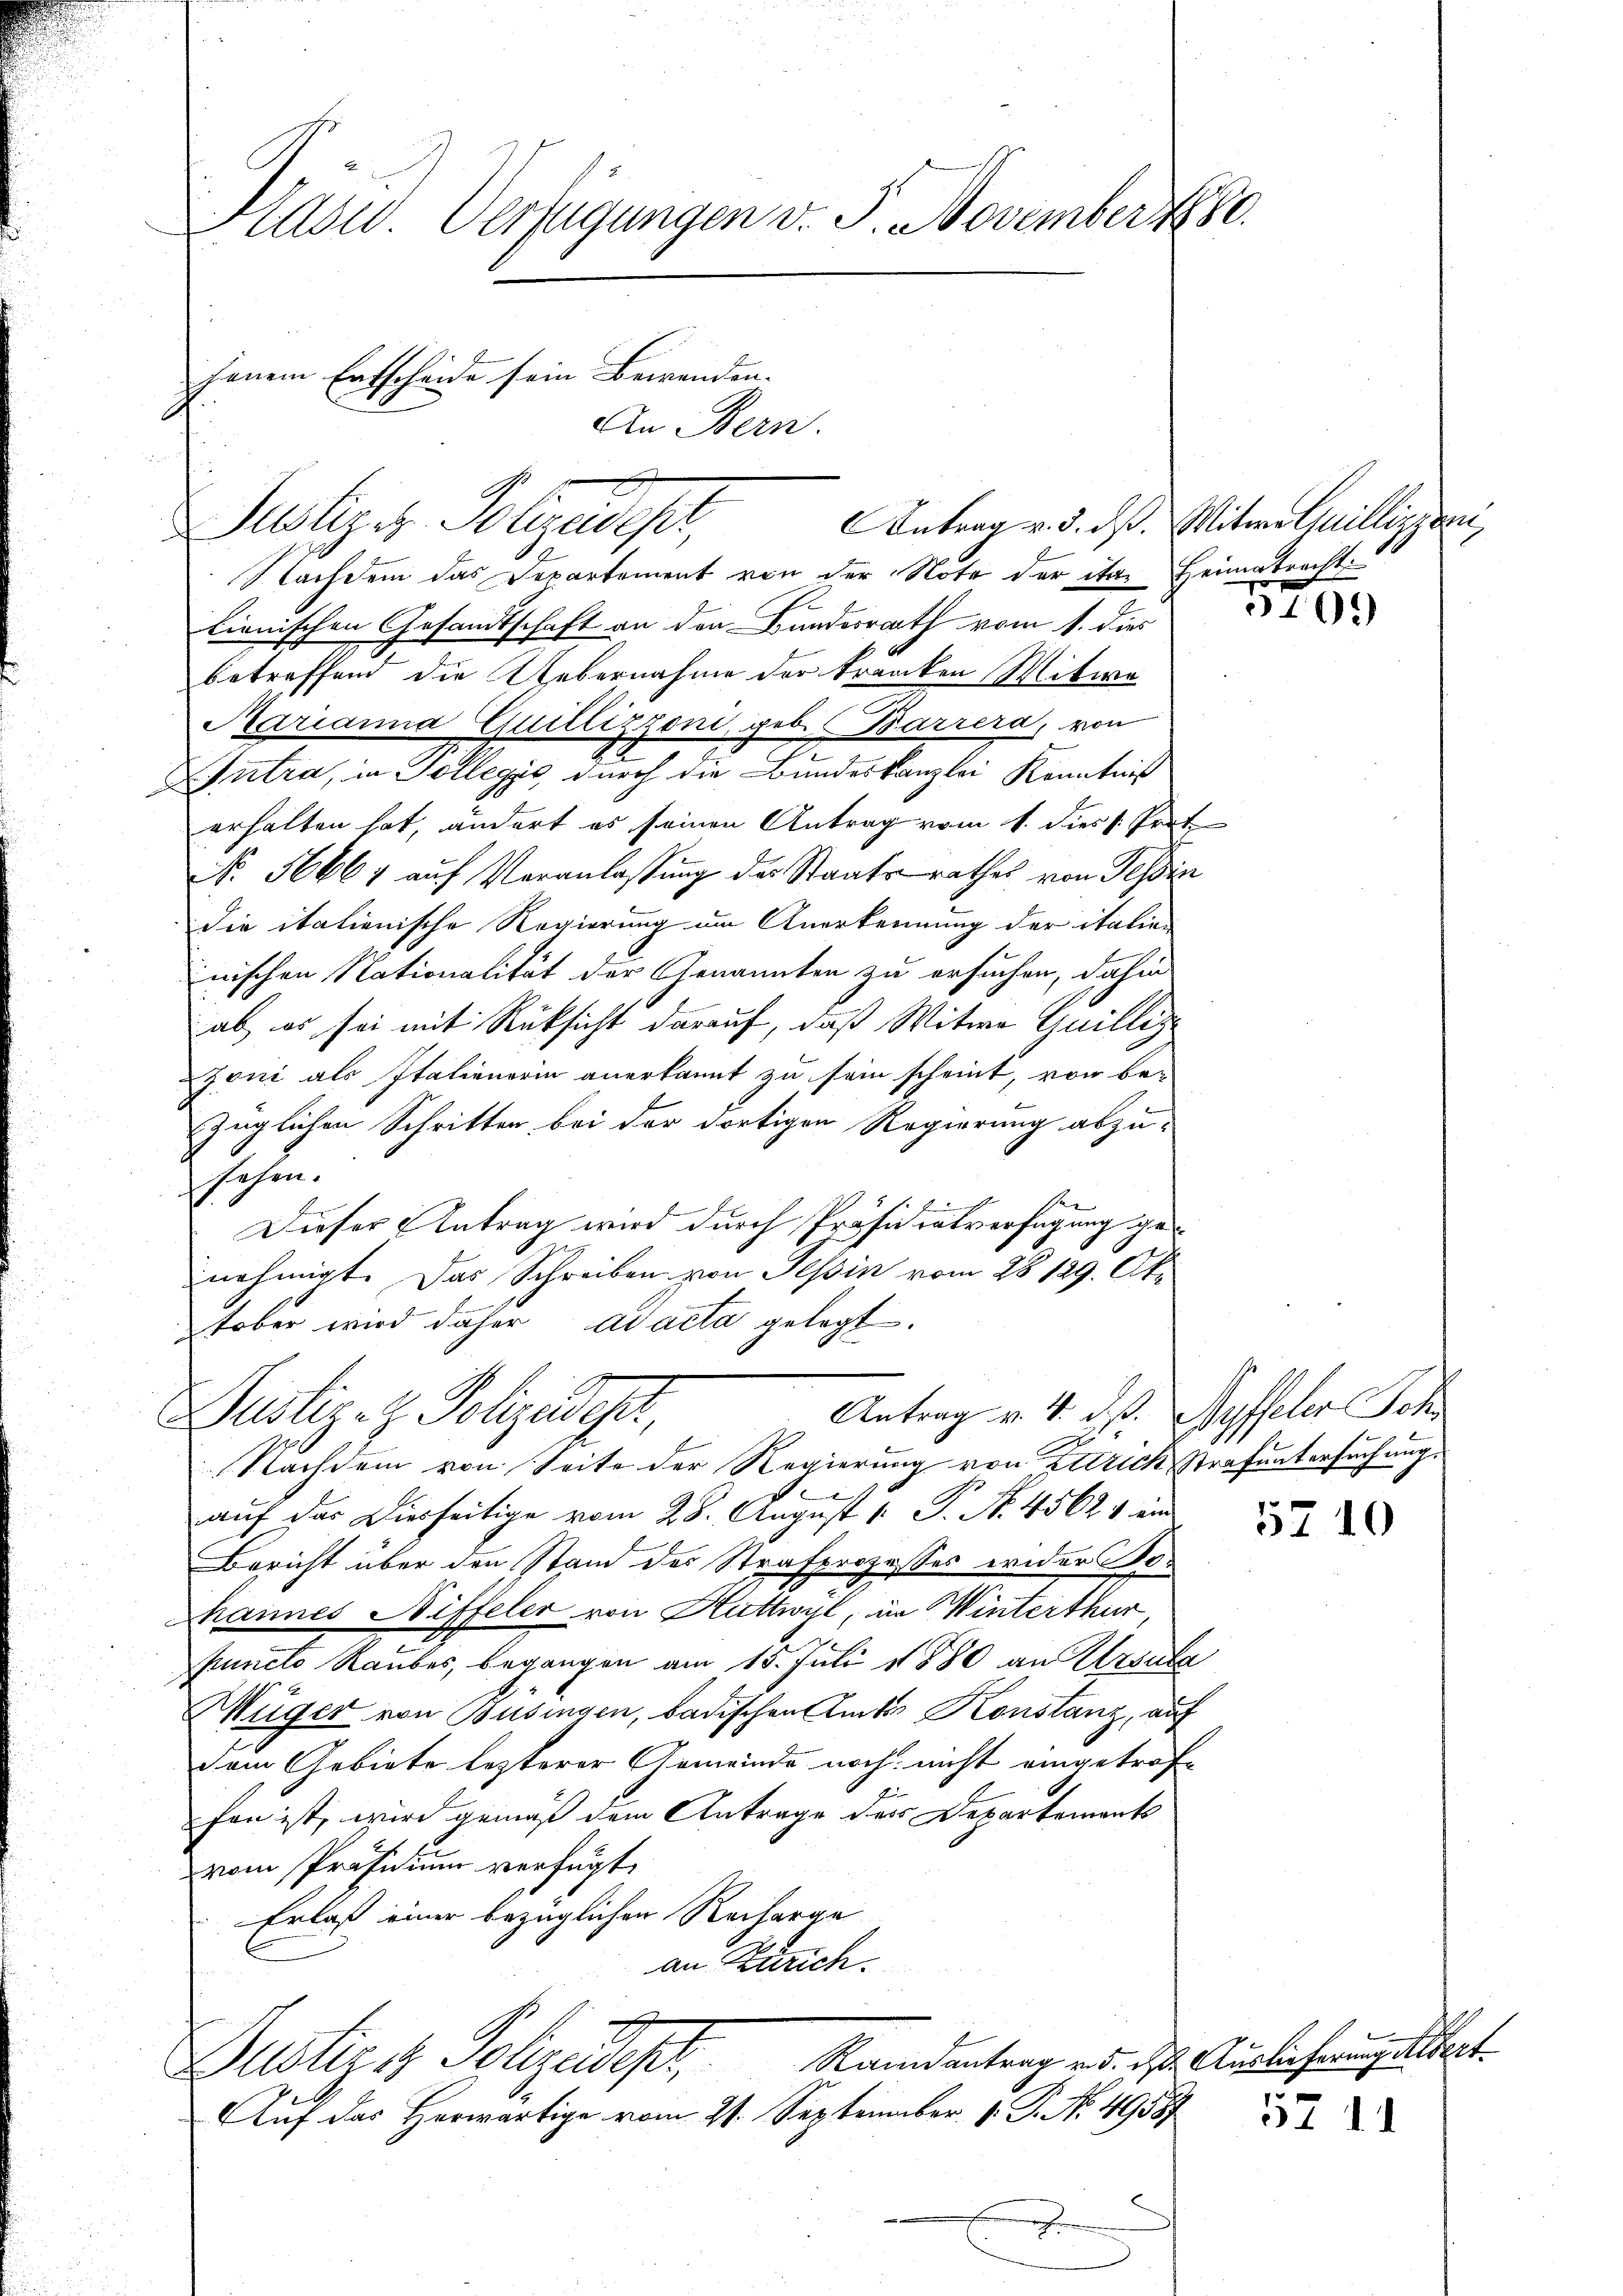
Sulzer Polyeder,

Hasid. Verfügungen v. 5. November 1880.
jenem Entscheide sein Bewenden.
An Bern.

Antrag v. d. dß. Mitwe Cillinzoni,
Nachdem das Departement von der Note der ita. Heimatracht
E
lienischen Gesandtschaft an den Bundesrath vom 1. dies
betreffend die Uebernahme der tranken Mitwe
Marianna Guillizzoni, geb. Barrera, von
Antra, in Tollegio durch die Bundeskanzlei Kenntniß
erhalten hat, ändert es seinen Antrag vom 1. diess. Prot
No. 56664 auf Veranlassung des Staatsrathes von Tessin
die italienische Regierung am Anerkennung der italie-
nischen Nationalität der Genannten zu ersuchen, dahin
ab, es sei mit Rücksicht darauf, daß Witwe Guillig
Zoni als Italienerin anerkannt zu sein scheint, von be-
züglichen Schritten bei der dortigen Regierung abzusehen.
Dieser Antrag wird durch Präsidialverfügung genehmigt. Das Schreiben von Tessin vom 28. 129. Oktober wird daher ad acta gelegt.

Antrag v. 4. ds. Ryffeler Sch
Justiz- & Polizeider,
A

Nachdem von Seite der Regierung von Zürich Strafuntersuchung.
u
auf das Diesseitige vom 28. August 1. P. N. 45624 ein
Bericht über den Stand des Strafprozesses wider Be¬
Mhannes Niffeler von Huttwyl, in Winterthur,
Puncto Raubes, begangen am 15. Juli 1880 an Ursula
Wüger von Busingen, badischen Amts Konstanz, auf
dem Gebiete lezterer Gemeinde noch nicht eingetrofe
fen ist, wird gemäß dem Antrage des Departements
vom Präsidium verfügt,
Erlaß einer bezüglichen Recharge
an Zürich.
Randantrag v. d. des Auslieferung Albert
Dusties Polizeidept,
Auf das Herwärtige vom 21. September v. P. No. 49587
Ech

305)

5710

5711